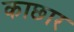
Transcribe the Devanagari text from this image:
काछार